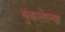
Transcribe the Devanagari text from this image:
थुंकलेल्या